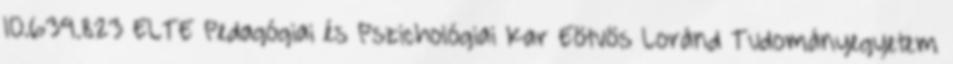
10.639.823 ELTE Pedagógiai és Pszichológiai Kar Eötvös Loránd Tudományegyetem